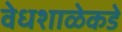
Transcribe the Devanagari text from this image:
वेधशाळेकडे